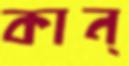
কান্